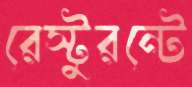
রেস্টুরন্টে